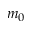
m _ { 0 }